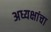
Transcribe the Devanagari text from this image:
अध्यक्षांचा